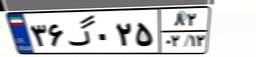
۳۶گ۰۲۵۸۲